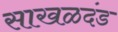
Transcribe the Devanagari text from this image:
साखळदंड